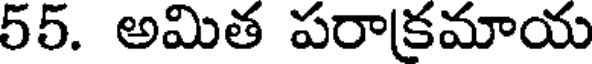
55. అమిత పరాక్రమాయ